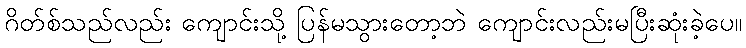
ဂိတ်စ်သည်လည်း ကျောင်းသို့ ပြန်မသွားတော့ဘဲ ကျောင်းလည်းမပြီးဆုံးခဲ့ပေ။